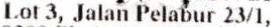
LOT 3, JALAN PELABUR 23/1,